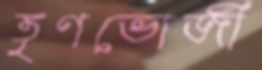
তৃণভোজী